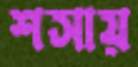
শসায়